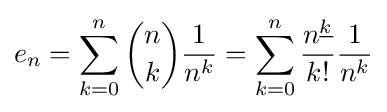
e_{n}=\sum _{k=0}^{n}{n \choose k}{\frac {1}{n^{k}}}=\sum _{k=0}^{n}{\frac {n^{\underline {k}}}{k!}}{\frac {1}{n^{k}}}